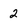
Character: 2